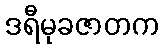
ဒရီမုခဇာတက